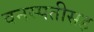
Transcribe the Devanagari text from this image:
वनस्पतीसह